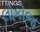
લોકોજ